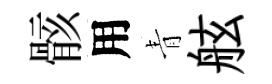
骸用青舷